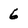
Character: 6